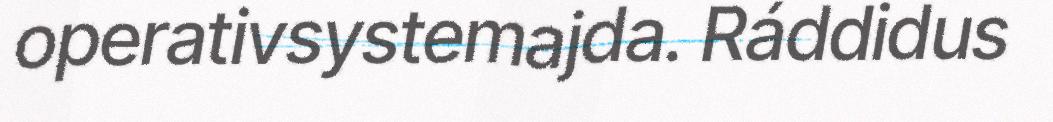
operativsystemajda. Ráddidus